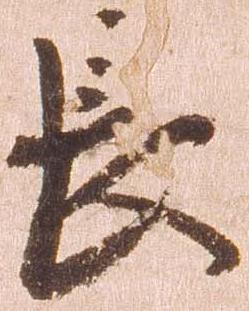
長